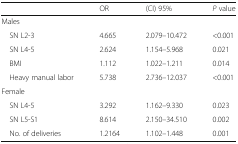
<table><thead><tr><td></td><td><b>OR</b></td><td><b>(CI) 95%</b></td><td><b><i>P</i> value</b></td></tr></thead><tbody><tr><td colspan="4">Males</td></tr><tr><td> SN L2-3</td><td>4.665</td><td>2.079–10.472</td><td>&lt;0.001</td></tr><tr><td> SN L4-5</td><td>2.624</td><td>1.154–5.968</td><td>0.021</td></tr><tr><td> BMI</td><td>1.112</td><td>1.022–1.211</td><td>0.014</td></tr><tr><td> Heavy manual labor</td><td>5.738</td><td>2.736–12.037</td><td>&lt;0.001</td></tr><tr><td colspan="4">Female</td></tr><tr><td> SN L4-5</td><td>3.292</td><td>1.162–9.330</td><td>0.023</td></tr><tr><td> SN L5-S1</td><td>8.614</td><td>2.150–34.510</td><td>0.002</td></tr><tr><td> No. of deliveries</td><td>1.2164</td><td>1.102–1.448</td><td>0.001</td></tr></tbody></table>